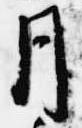
月